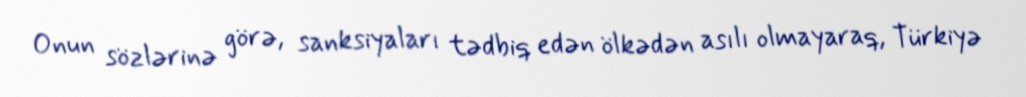
Onun sözlərinə görə, sanksiyaları tədbiq edən ölkədən asılı olmayaraq, Türkiyə